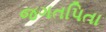
જગતપિતા